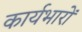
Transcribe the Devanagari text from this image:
कार्यभारों